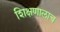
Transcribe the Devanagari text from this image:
शिक्षणालाच